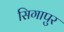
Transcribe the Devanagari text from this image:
सिगापुर